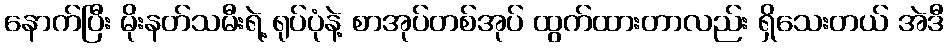
နောက်ပြီး မိုးနတ်သမီးရဲ့ ရုပ်ပုံနဲ့ စာအုပ်တစ်အုပ် ထွက်ထားတာလည်း ရှိသေးတယ် အဲဒီ